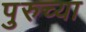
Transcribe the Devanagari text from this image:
पुरुच्या